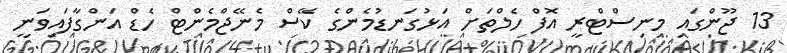
13 ޖޫންގައި މިނިސްޓްރީ އޮފް ހެލްތަށް އަޅުގަނޑުމެންގެ ކޭސް މެނޭޖްމެންޓް ހެޑް އަންގާފައިވަނީ